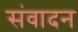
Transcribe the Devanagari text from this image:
संवादन